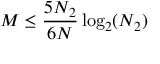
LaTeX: M \leq { \frac { 5 N _ { 2 } } { 6 N } } \log _ { 2 } ( N _ { 2 } )